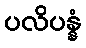
ပလိပန္နံ